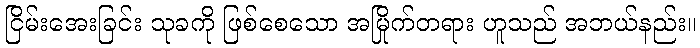
ငြိမ်းအေးခြင်း သုခကို ဖြစ်စေသော အမြိုက်တရား ဟူသည် အဘယ်နည်း။